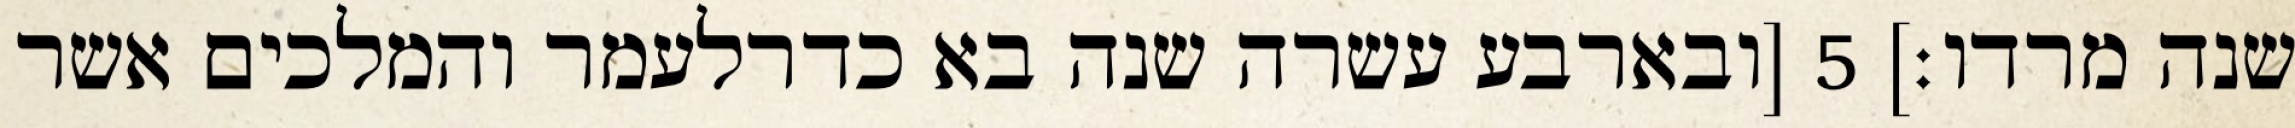
שנה מרדו׃] ‎5‏ [ובארבע עשרה שנה בא כדרלעמר והמלכים אשר